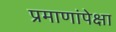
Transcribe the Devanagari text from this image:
प्रमाणांपेक्षा